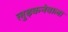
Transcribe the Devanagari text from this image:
लुढ़कनेवाला